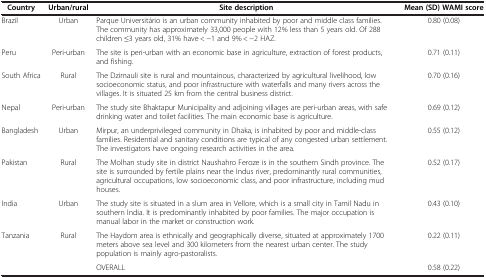
<table><thead><tr><td><b> Country</b></td><td><b>Urban/rural</b></td><td><b>Site description</b></td><td><b>Mean (SD) WAMI score</b></td></tr></thead><tbody><tr><td>Brazil</td><td>Urban</td><td>Parque Universitário is an urban community inhabited by poor and middle class families. The community has approximately 33,000 people with 12% less than 5 years old. Of 288 children ≤3 years old, 31% have &lt; -1 and 9% &lt; -2 HAZ.</td><td>0.80 (0.08)</td></tr><tr><td>Peru</td><td>Peri-urban</td><td>The site is peri-urban with an economic base in agriculture, extraction of forest products, and fishing.</td><td>0.71 (0.11)</td></tr><tr><td>South Africa</td><td>Rural</td><td>The Dzimauli site is rural and mountainous, characterized by agricultural livelihood, low socioeconomic status, and poor infrastructure with waterfalls and many rivers across the villages. It is situated 25 km from the central business district.</td><td>0.70 (0.16)</td></tr><tr><td>Nepal</td><td>Peri-urban</td><td>The study site Bhaktapur Municipality and adjoining villages are peri-urban areas, with safe drinking water and toilet facilities. The main economic base is agriculture.</td><td>0.69 (0.12)</td></tr><tr><td>Bangladesh</td><td>Urban</td><td>Mirpur, an underprivileged community in Dhaka, is inhabited by poor and middle-class families. Residential and sanitary conditions are typical of any congested urban settlement. The investigators have ongoing research activities in the area.</td><td>0.55 (0.12)</td></tr><tr><td>Pakistan</td><td>Rural</td><td>The Molhan study site in district Naushahro Feroze is in the southern Sindh province. The site is surrounded by fertile plains near the Indus river, predominantly rural communities, agricultural occupations, low socioeconomic class, and poor infrastructure, including mud houses.</td><td>0.52 (0.17)</td></tr><tr><td>India</td><td>Urban</td><td>The study site is situated in a slum area in Vellore, which is a small city in Tamil Nadu in southern India. It is predominantly inhabited by poor families. The major occupation is manual labor in the market or construction work.</td><td>0.43 (0.10)</td></tr><tr><td>Tanzania</td><td>Rural</td><td>The Haydom area is ethnically and geographically diverse, situated at approximately 1700 meters above sea level and 300 kilometers from the nearest urban center. The study population is mainly agro-pastoralists.</td><td>0.22 (0.11)</td></tr><tr><td> </td><td> </td><td>OVERALL</td><td>0.58 (0.22)</td></tr></tbody></table>